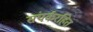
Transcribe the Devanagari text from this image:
संपर्करहित